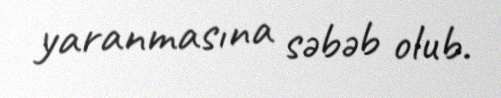
yaranmasına səbəb olub.